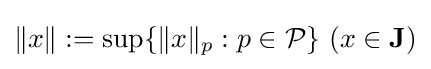
\|x\|:=\sup\{\|x\|_{p}:p\in {\mathcal {P}}\}\ (x\in \mathbf {J} )